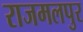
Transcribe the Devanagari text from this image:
राजमलपुर